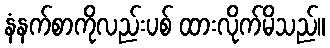
နံနက်စာကိုလည်းပစ် ထားလိုက်မိသည်။